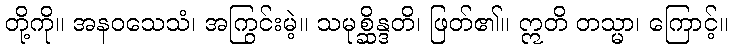
တို့ကို။ အနဝသေသံ၊ အကြွင်းမဲ့။ သမုစ္ဆိန္ဒတိ၊ ဖြတ်၏။ ဣတိ တသ္မာ၊ ကြောင့်။